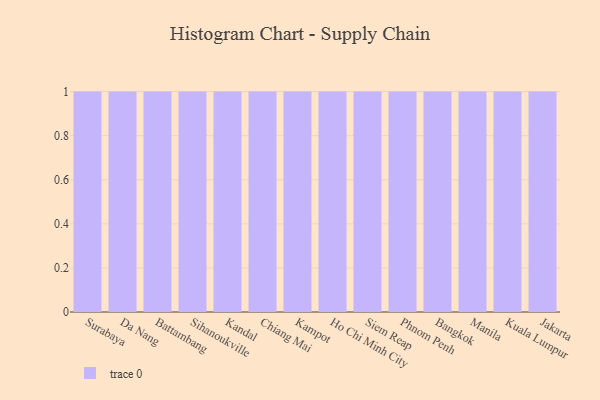
{"axis": {"x": "City", "y": "Temperature (°C)"}, "legend": [""], "data": [{"x": "Surabaya", "y": 37, "type": ""}, {"x": "Da Nang", "y": 52, "type": ""}, {"x": "Battambang", "y": 61, "type": ""}, {"x": "Sihanoukville", "y": 5, "type": ""}, {"x": "Kandal", "y": 65, "type": ""}, {"x": "Chiang Mai", "y": 27, "type": ""}, {"x": "Kampot", "y": 86, "type": ""}, {"x": "Ho Chi Minh City", "y": 51, "type": ""}, {"x": "Siem Reap", "y": 83, "type": ""}, {"x": "Phnom Penh", "y": 39, "type": ""}, {"x": "Bangkok", "y": 42, "type": ""}, {"x": "Manila", "y": 56, "type": ""}, {"x": "Kuala Lumpur", "y": 14, "type": ""}, {"x": "Jakarta", "y": 30, "type": ""}]}